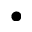
^ { \bullet }